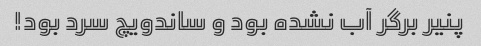
پنیر برگر آب نشده بود و ساندویچ سرد بود!